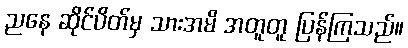
ညနေ ဆိုင်ပိတ်မှ သားအမိ အတူတူ ပြန်ကြသည်။